Enquiry on enteric fever in India - Number 32
Disease focus: Fever
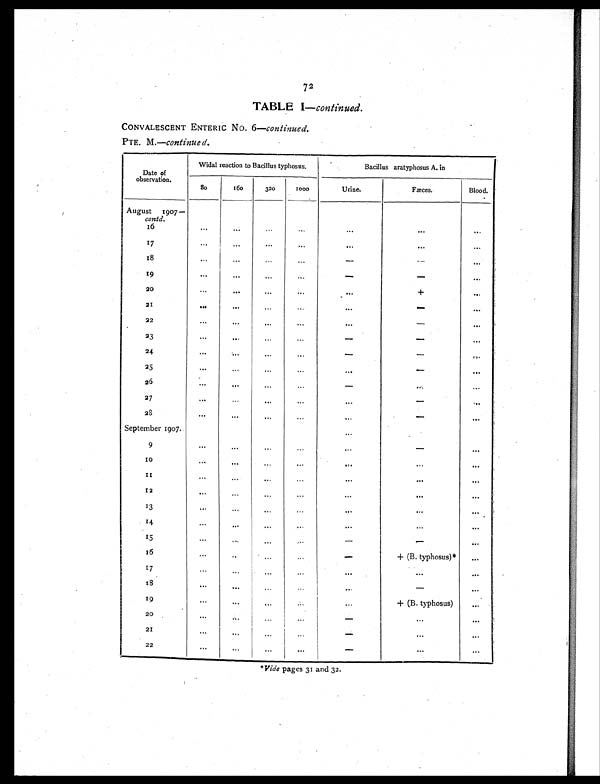
72
TABLE I—continued.
CONVALESCENT ENTERIC No. 6—continued.
PTE. M . — c o n t i n u e d .
Date of
observation.
Widal reaction to Bacillus typhosus.
Bacillus aratyphosus A. in
80
160
320
1000
Urine.
Fæces.
Blood.
August 1907 —
contd.
16
... ...
...
...
...
...
. . .
17
...
...
...
...
...
. . .
...
18
...
...
...
...
- -
. . .
19
...
...
...
...
-
- . . .
20
...
. . . ...
... ...
+
...
21
. . .
. . .
. . . ...
. . .
-
...
22
...
...
...
...
. . .
-
...
23
... ...
...
...
-
-
...
24
...
. . ....
...
-
- . . .
25
...
. . .
. . .
. . .
. . .
- . . .
26
. . .
. . .
. . .
. . .
-
. . . . . .
27
. . .
. . ....
. . . ...
-
...
2 8
. . .
. . ....
. . .
...
-
...
September 1907.
...
9
...
... ...
... ...
- . . .
1 0
. . .
. . .
. . .
. . .
. . .
. . .
...
1 1
. . . ...
...
...
...
. . . . . .
12
. . .
. . .
. . .
. . .
. . .
. . . . . .
13
. . .
. . .
...
. . .
. . .
. . .
...
14
. . .
. . .
. . . . . .
. . .
. . . . . .
15
...
. . . ... ...
-
- . . .
1 6
...
. . . . . .
. . .
-
+ (B. typhosus)* . ..
17
. . .
. . .
...
...
. . .
. . . . . .
18
. . .
. . .
...
. . .
. . .
- . . .
1 9
...
...
...
...
...
+ (B. typhosus)
. . .
20
. . .
. . .
. . .
. . .
-
. . .
. . .
21
...
...
...
. . .
-
. ..
...
22
...
. . . ...
. . . -
...
...
*Vide pages 31 and 32.